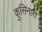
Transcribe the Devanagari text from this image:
कुसिनारा